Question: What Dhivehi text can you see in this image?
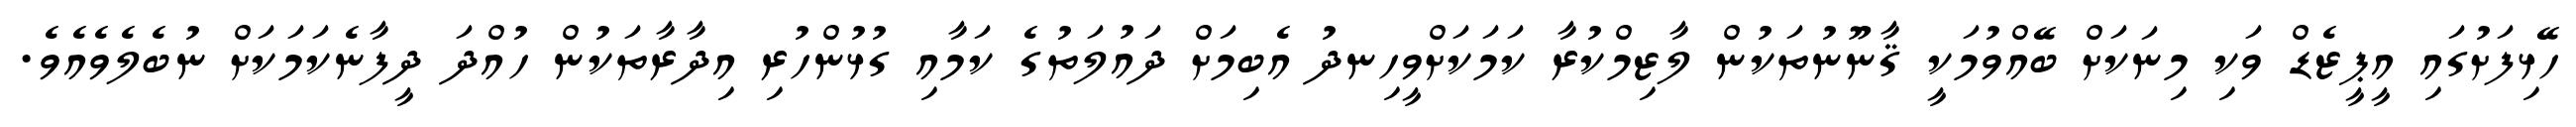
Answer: ހޭޅިފަށުގައި އީޕީޒެޑް ވަކި މިނަކަށް ބޭއްވުމަކީ ޤާނޫނުތަކުން ލާޒިމްކުރާ ކަމަކަށްވީހިނދު އެބިމަށް ދައުލަތުގެ ކަމާއި ގުޅުންހުރި އިދާރާތަކުން ހުއްދަ ދީފާނެކަމަކަށް ނުބެލެވެއެވެ.